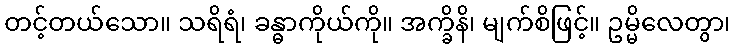
တင့်တယ်သော။ သရိရံ၊ ခန္ဓာကိုယ်ကို။ အက္ခိနိ၊ မျက်စိဖြင့်။ ဥမ္မိလေတွာ၊